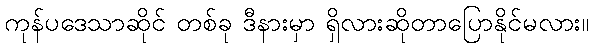
ကုန်ပဒေသာဆိုင် တစ်ခု ဒီနားမှာ ရှိလားဆိုတာပြောနိုင်မလား။